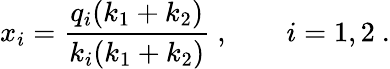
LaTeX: x_{i}=\frac{q_{i}(k_{1}+k_{2})}{k_{i}(k_{1}+k_{2})}~,\qquad i=1,2~.